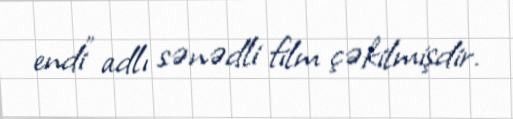
endi" adlı sənədli film çəkilmişdir.